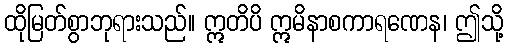
ထိုမြတ်စွာဘုရားသည်။ ဣတိပိ ဣမိနာစကာရဏေန၊ ဤသို့